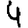
Digit: 9